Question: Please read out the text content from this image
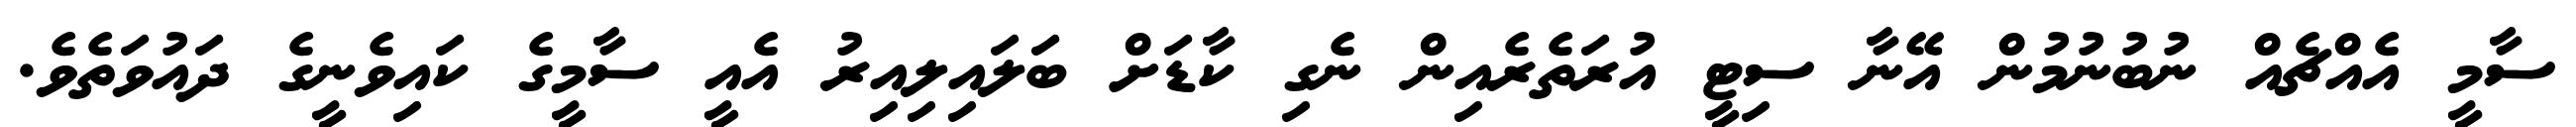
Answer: ސާމީ އެއްޗެއް ނުބުނުމުން އޭނާ ސިޓީ އުރަތެރެއިން ނެގި ކާޑަށް ބަލައިލިއިރު އެއީ ސާމީގެ ކައިވެނީގެ ދައުވަތެވެ.